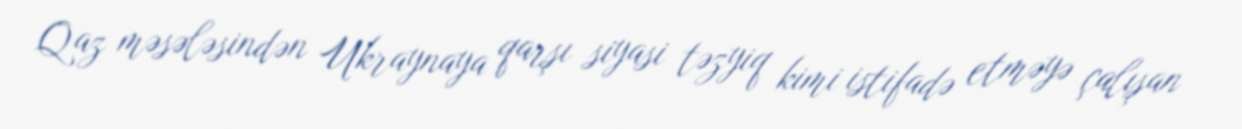
Qaz məsələsindən Ukraynaya qarşı siyasi təzyiq kimi istifadə etməyə çalışan